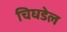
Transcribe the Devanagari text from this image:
चिघडेल